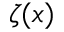
\zeta ( x )